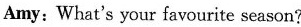
Amy: What's your favourite season?